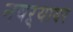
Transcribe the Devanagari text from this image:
नवऱ्यावर